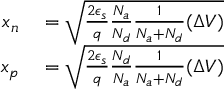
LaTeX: \begin{array} { r l } { x _ { n } } & { { } = { \sqrt { { \frac { 2 \epsilon _ { s } } { q } } { \frac { N _ { a } } { N _ { d } } } { \frac { 1 } { N _ { a } + N _ { d } } } ( \Delta V ) } } } \\ { x _ { p } } & { { } = { \sqrt { { \frac { 2 \epsilon _ { s } } { q } } { \frac { N _ { d } } { N _ { a } } } { \frac { 1 } { N _ { a } + N _ { d } } } ( \Delta V ) } } } \end{array}